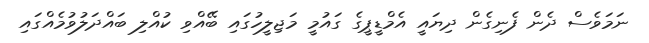
ނަމަވެސް ދެން ފެނިގެން ދިޔައީ އެމްޑީޕީގެ ގައުމީ މަޖިލީހުގައި ބޭއްވި ކުއްލި ބައްދަލުވުމެއްގައި